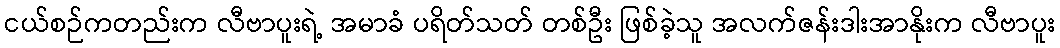
ငယ်စဉ်ကတည်းက လီဗာပူးရဲ့ အမာခံ ပရိတ်သတ် တစ်ဦး ဖြစ်ခဲ့သူ အလက်ဇန်းဒါးအာနိုးက လီဗာပူး